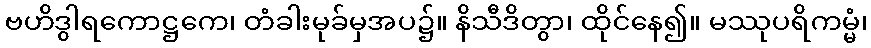
ဗဟိဒွါရကောဋ္ဌကေ၊ တံခါးမုခ်မှအပ၌။ နိသီဒိတွာ၊ ထိုင်နေ၍။ မဿုပရိကမ္မံ၊